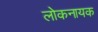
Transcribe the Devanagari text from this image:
लोकनायक